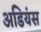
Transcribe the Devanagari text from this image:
अडियंस